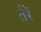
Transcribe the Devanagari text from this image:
तैरॅ